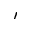
'